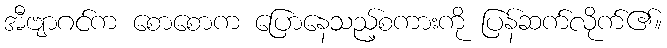
အီဗျာဂင်က စောစောက ပြောနေသည့်စကားကို ပြန်ဆက်လိုက်၏။